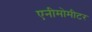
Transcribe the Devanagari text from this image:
एनीमोमीटर